Annual administration report of the Civil Veterinary Department, Sind - 1943-1944
Year: 1943
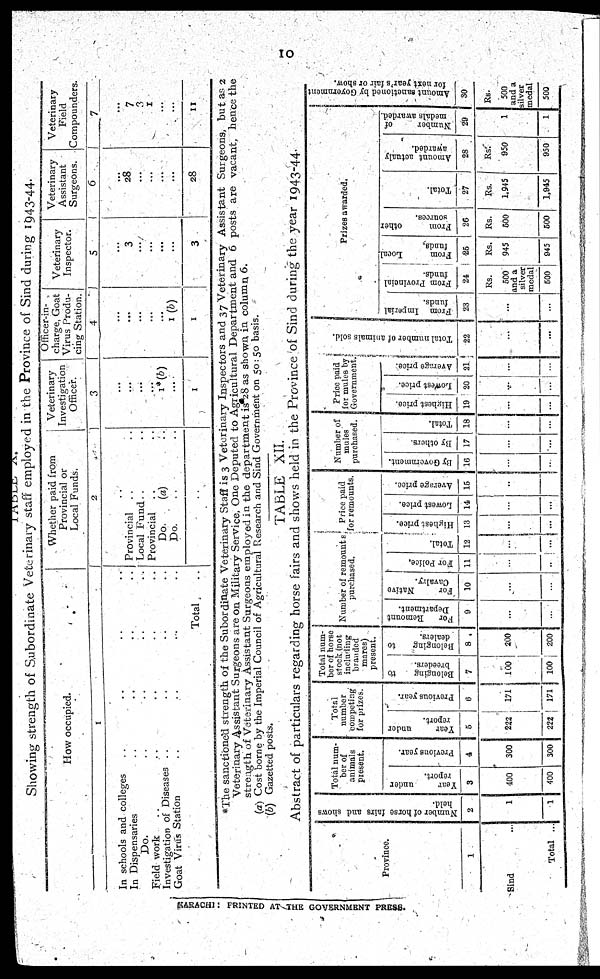
10
TABLE
A.
Showing strength of Subordinate Veterinary staff employed in the Province of Sind during 1943-44.
How occupied.
1
In schools and colleges .. .. .. ..
In Dispensaries .. .. .. ..
Do. .. .. .. .. ..
Field work .. .. .. ..
Investigation of Diseases .. .. .. ..
Goat Virus Station .. .. .. ..
Total ..
Whether paid from
Provincial or
Local Funds,
2
..
Provincial .. ..
Local Fund.. ..
Provincial .. ..
Do.
(a) ..
Do. .. ..
..
Veterinary
Investigation
Officer.
3
...
...
...
...
1*(b)
...
1
Officer-in-
charge, Goat
Virus Produ-
cing Station.
4
...
...
...
...
...
1 (b)
1
Veterinary
Inspector.
5
3
...
...
...
...
3
Veterinary
Assistant
Surgeons.
6
28
...
...
...
...
28
Veterinary
Field
Compounders.
7
7
3
1
...
...
11
*The sanctioned strength of the Subordinate Veterinary Staff is 3 Veterinary Inspectors and 37 Veterinary Assistant Surgeons, but as 2
Veterinary Assistant Surgeons are on Military Service, One Deputed to Agricultural Department and 6 posts are vacant, hence the
strength of Veterinary Assistant Surgeons employed in the department is 28 as shown in. column 6.
(a) Cost borne by the Imperial Council of Agricultural Research and Sind Government on 50:50 basis.
(b) Gazetted posts.
TABLE XII.
Abstract of particulars regarding horse fairs and shows held in the Province of Sind during the year 1943-44.
Province.
1
Sind ...
Total ...
Number of horse fairs and shows
held.
2
1
1
Total num-
ber of
animals
present.
Year
under
report.
3
400
400
Previous year.
4
300
300
Total
number
competing
for prizes.
Tear
under
report.
5
222
222
Previous year.
6
171
171
Total num-
ber of horse
stock (not
including
branded
mares)
present.
Belouging
to
breeders.
7
100
100
Belonging
to
dealers.
8
200
200
Number of remounts
purchased.
For
Remount
Department.
9
...
...
For
Native
Cavalry.
10
...
...
For Police,
11
...
...
Total.
12
...
...
Price paid
for remounts.
Highest price.
13
...
...
Lowest price.
14
...
...
Average price.
16
..
...
Number of
mules
purchased.
By Government.
16
...
...
By others.
17
...
...
Total.
18
...
...
Price paid
for mules by
Government
Highest price.
19
...
...
Lowest price.
20
...
...
Average price.
21
...
...
Total number of animals sold.
22
...
...
Prizes awarded.
From Imperial
funds.
23
...
...
From Provincial
funds.
24
Rs.
500
and a
silver
medal
500
From
Local,
funds.
25
Rs.
945
945
From
other
sources.
26
Rs.
500
500
Total.
27
Rs.
1,945
1,945
Amount actualy
awarded.
28
Rs.
950
950
Number
of
medals awarded.
29
1
1
Amount sanctioned by Government
for next year's fair or show.
30
Rs.
500
and a
silver
medal
500
KARACHI: PRINTED AT THE GOVERNMENT PRESS.